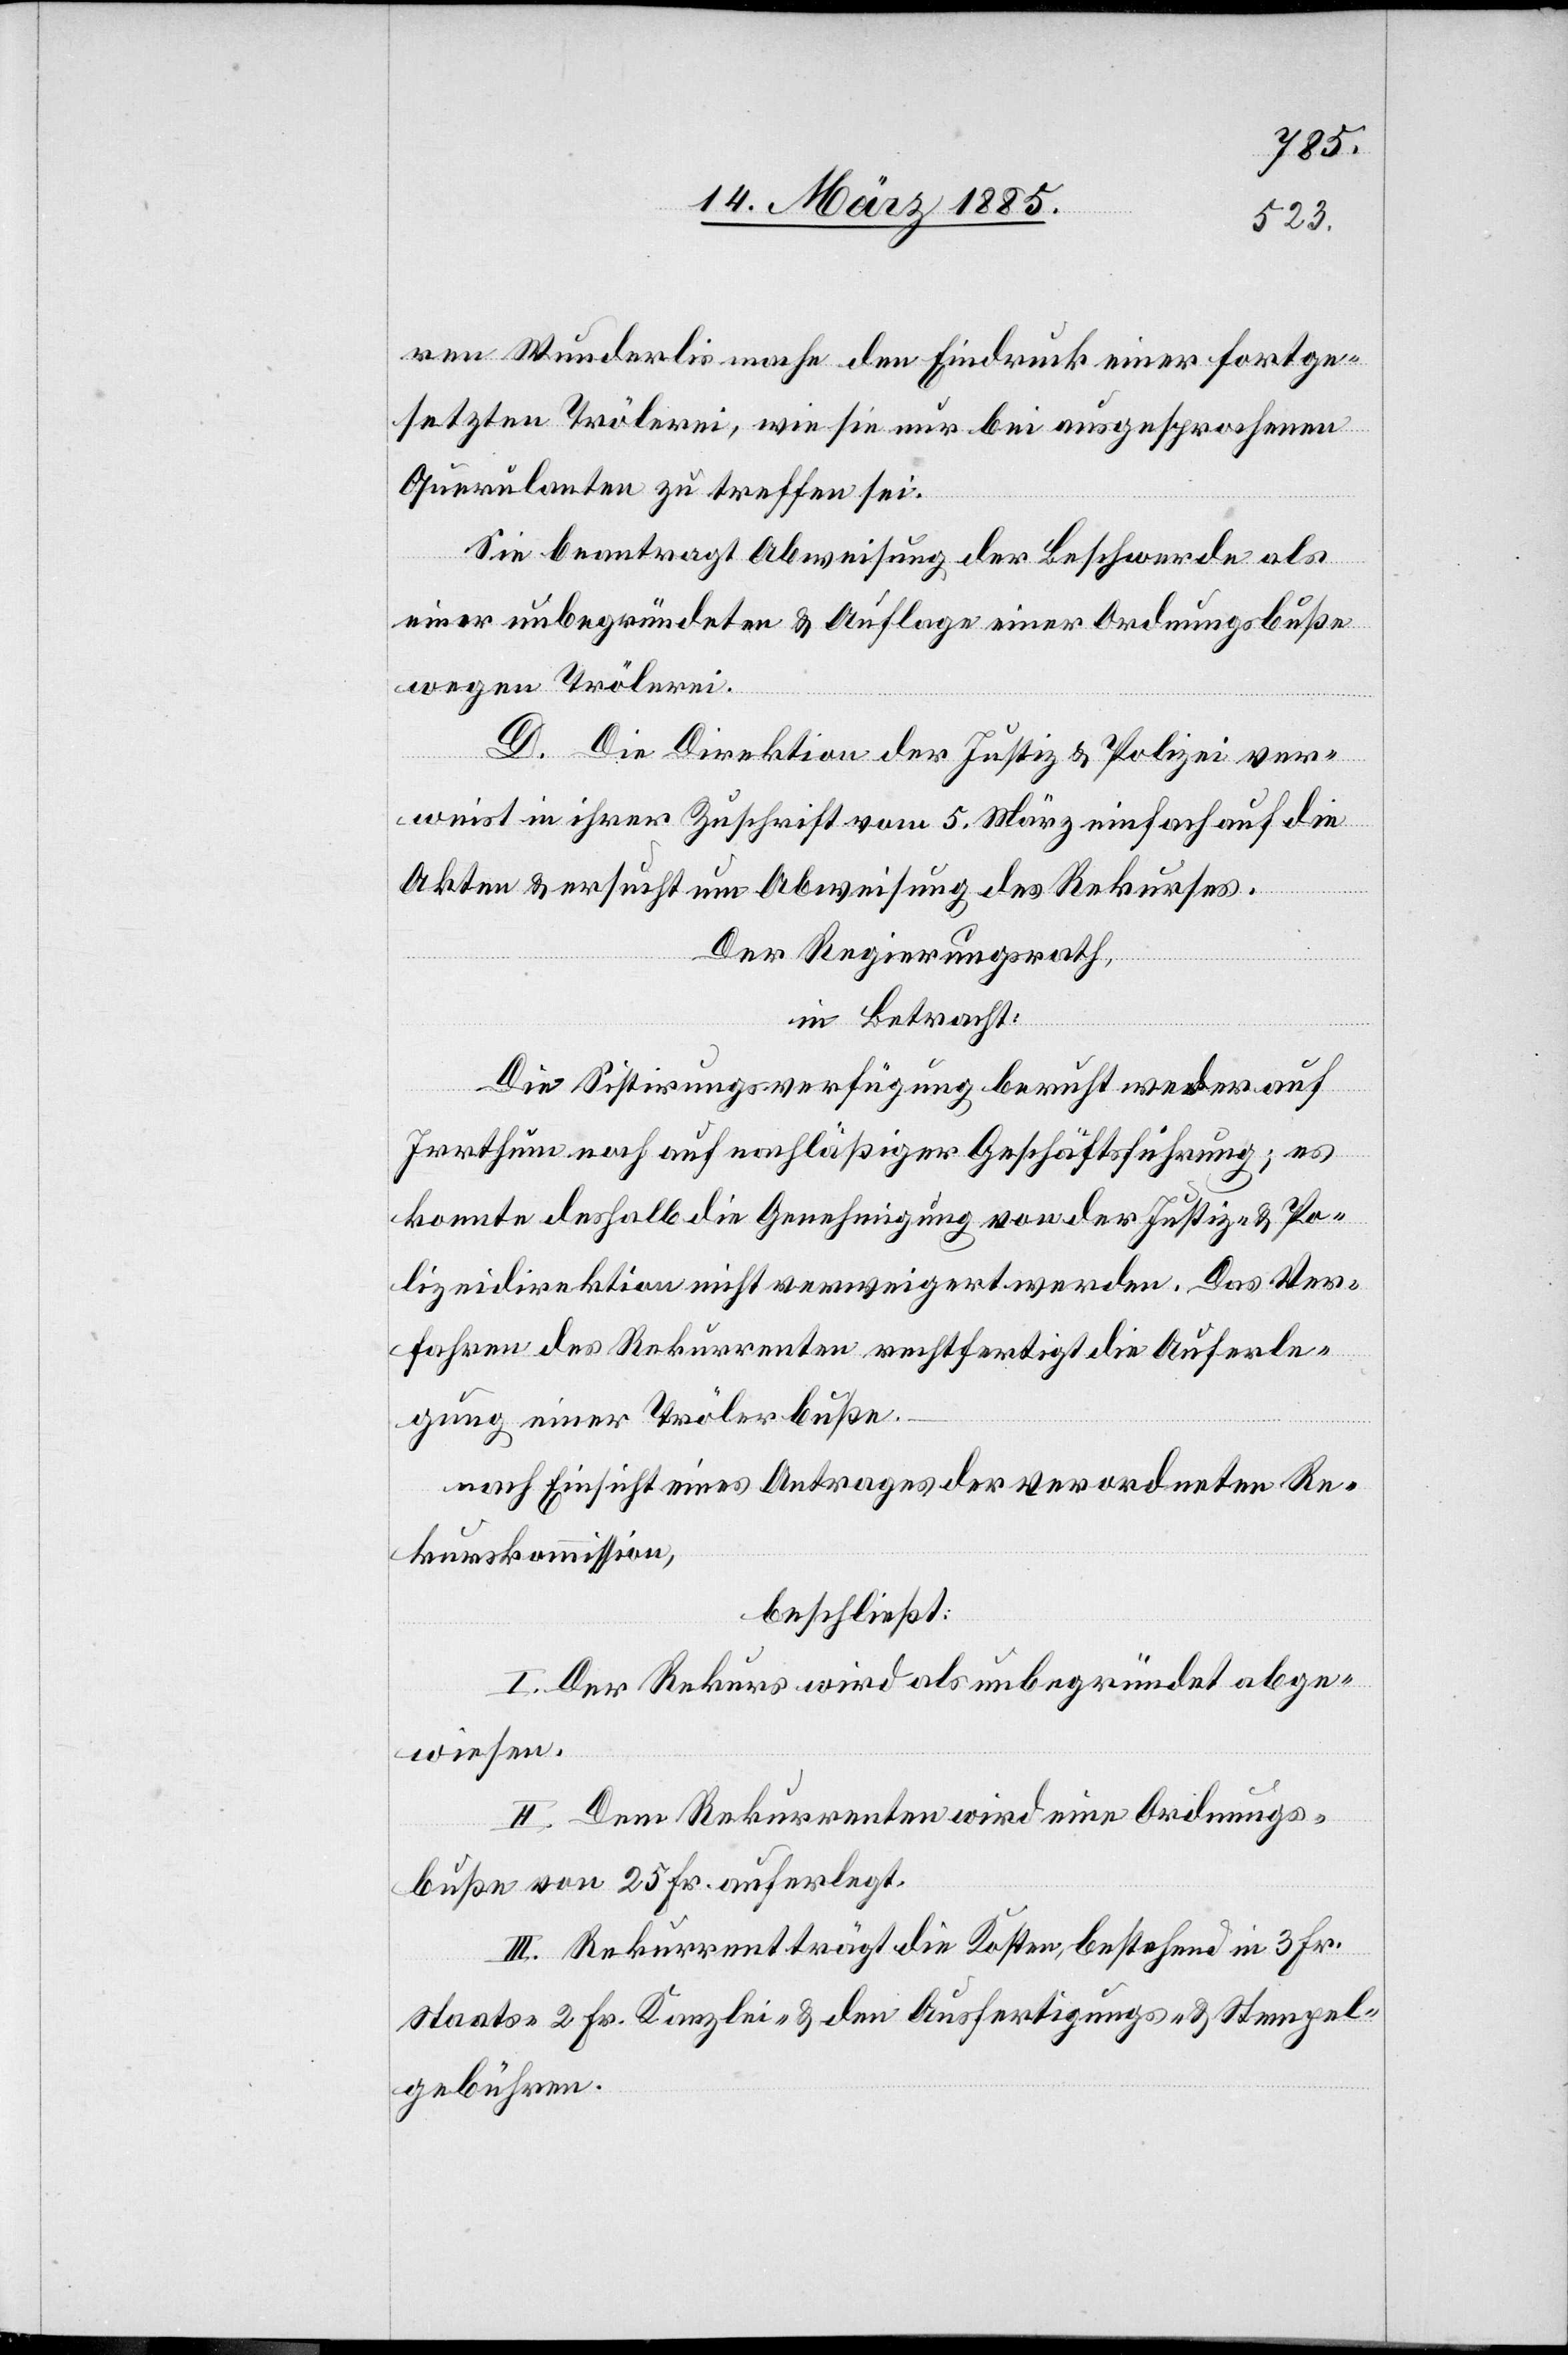
ren Wunderlis mache den Eindruck einer fortge¬
setzten Trölerei, wie sie nur bei ausgesprochenen
Querulanten zu treffen sei.
Sie beantragt Abweisung der Beschwerde als
einer unbegründeten & Auflage einer Ordnungsbuße
wegen Trölerei.
D. Die Direktion der Justiz & Polizei ver¬
weist in ihrer Zuschrift vom 5. März einfach auf die
Akten & ersucht um Abweisung des Rekurses.
Der Regierungsrath,
in Betracht:
Die Sistirungsverfügung beruht weder auf
Irrthum noch auf nachläßiger Geschäftsführung; es
konnte deshalb die Genehmigung von der Justiz- & Po¬
lizeidirektion nicht verweigert werden. Das Ver¬
fahren des Rekurrenten rechtfertigt die Auferle¬
gung einer Trölerbuße.
nach Einsicht eines Antrages der verordneten Re¬
kurskommission,
beschließt:
I. Der Rekurs wird als unbegründet abge¬
wiesen.
II. Dem Rekurrenten wird eine Ordnungs¬
buße von 25. Fr. auferlegt.
III. Rekurrent trägt die Kosten, bestehend in 3 Fr.
Staats-[,] 2 Fr. Kanzlei- & den Ausfertigungs- & Stempel¬
gebühren.